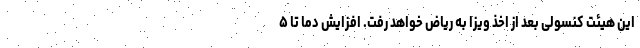
این هیئت کنسولی بعد از اخذ ویزا به ریاض خواهد رفت. افزایش دما تا ۵